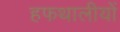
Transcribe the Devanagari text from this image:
हफथालीयों